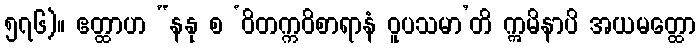
၅၇၆)။ ဧတ္ထာဟ “နနု စ ‘ဝိတက္ကဝိစာရာနံ ဝူပသမာ’တိ ဣမိနာပိ အယမတ္ထော